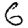
Digit: 6